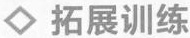
◇拓展训练